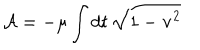
LaTeX: { \cal A } = - \mu \int d t \, \sqrt { 1 - { \bf v } ^ { 2 } }